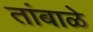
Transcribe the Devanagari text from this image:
तांबाळे